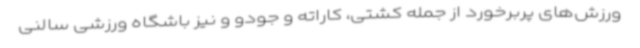
ورزش‌های پربرخورد از جمله کشتی، کاراته و جودو و نیز باشگاه ورزشی سالنی